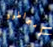
الأمبراطور